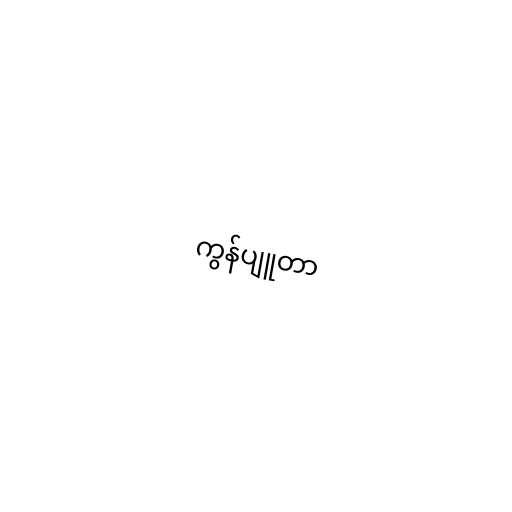
ကွန်ပျူတာ